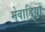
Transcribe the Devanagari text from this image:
मेवाड़ियों